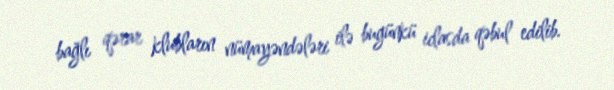
bağlı qərar klubların nümayəndələri ilə bugünkü iclasda qəbul edilib.